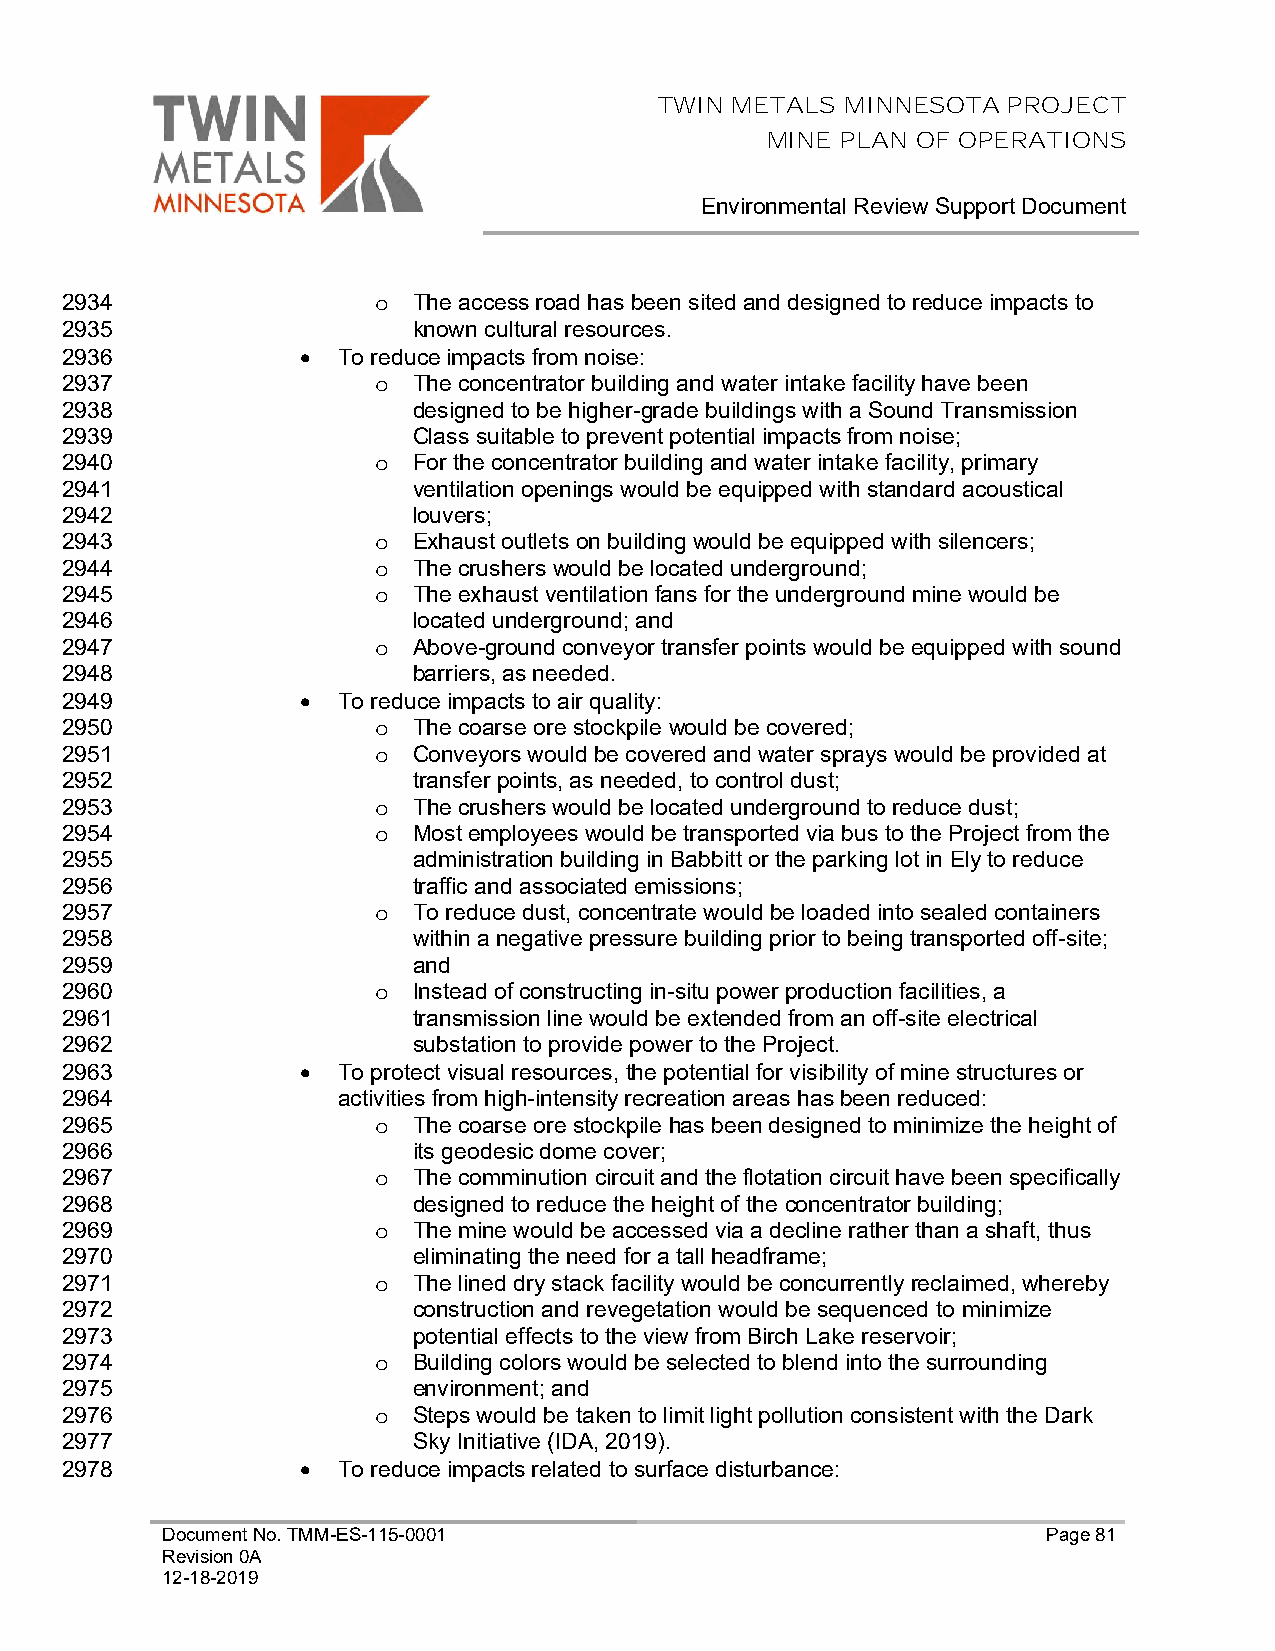
TWIN METALS MINNESOTA  PROJECT
 MINE PLAN OF OPERATIONS
 Environmental Review Support Document
 2934                 o The access road has been sited and designed to reduce impacts to
 2935                   known cultural resources.
 2936            • To reduce impacts from noise:
 2937                 o The concentrator building and water intake facility have been
 2938                   designed to be higher-grade buildings with a Sound Transmission
 2939                   Class suitable to prevent potential impacts from noise;
 2940                 o For the concentrator building and water intake facility, primary
 2941                   ventilation openings would be equipped with standard acoustical
 2942                   louvers;
 2943                 o Exhaust outlets on building would be equipped with silencers;
 2944                 o The crushers would be located underground;
 2945                 o The exhaust ventilation fans for the underground mine would be
 2946                   located underground; and
 2947                 o Above-ground conveyor transfer points would be equipped with sound
 2948                   barriers, as needed.
 2949            • To reduce impacts to air quality:
 2950                 o The coarse ore stockpile would be covered;
 2951                 o Conveyors would be covered and water sprays would be provided at
 2952                   transfer points, as needed, to control dust;
 2953                 o The crushers would be located underground to reduce dust;
 2954                 o Most employees would be transported via bus to the Project from the
 2955                   administration building in Babbitt or the parking lot in Ely to reduce
 2956                   traffic and associated emissions;
 2957                 o To reduce dust, concentrate would be loaded into sealed containers
 2958                   within a negative pressure building prior to being transported off-site;
 2959                   and
 2960                 o Instead of constructing in-situ power production facilities, a
 2961                   transmission line would be extended from an off-site electrical
 2962                   substation to provide power to the Project.
 2963            • To protect visual resources, the potential for visibility of mine structures or
 2964              activities from high-intensity recreation areas has been reduced:
 2965                 o The coarse ore stockpile has been designed to minimize the height of
 2966                   its geodesic dome cover;
 2967                 o The comminution circuit and the flotation circuit have been specifically
 2968                   designed to reduce the height of the concentrator building;
 2969                 o The mine would be accessed via a decline rather than a shaft, thus
 2970                   eliminating the need for a tall headframe;
 2971                 o The lined dry stack facility would be concurrently reclaimed, whereby
 2972                   construction and revegetation would be sequenced to minimize
 2973                   potential effects to the view from Birch Lake reservoir;
 2974                 o Building colors would be selected to blend into the surrounding
 2975                   environment; and
 2976                 o Steps would be taken to limit light pollution consistent with the Dark
 2977                   Sky Initiative (IDA, 2019).
 2978            • To reduce impacts related to surface disturbance:
 Document No. TMM-ES-115-0001                              Page 81
 Revision 0A
 12-18-2019